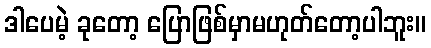
ဒါပေမဲ့ ခုတော့ ပြောဖြစ်မှာမဟုတ်တော့ပါဘူး။